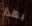
بهذا